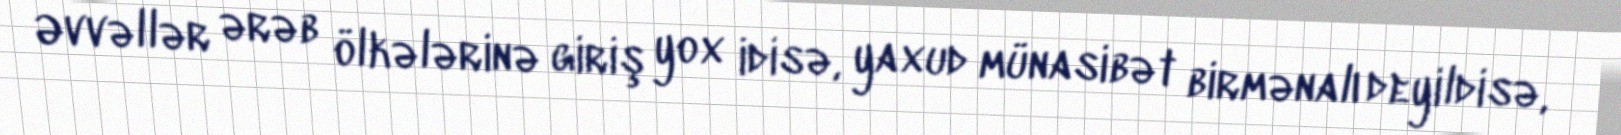
Əvvəllər ərəb ölkələrinə giriş yox idisə, yaxud münasibət birmənalı deyildisə,